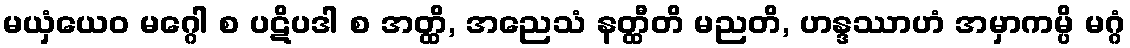
မယှံယေဝ မဂ္ဂေါ စ ပဋိပဒါ စ အတ္ထိ, အညေသံ နတ္ထီတိ မညတိ, ဟန္ဒဿာဟံ အမှာကမ္ပိ မဂ္ဂံ